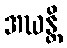
အဃန္တိ